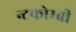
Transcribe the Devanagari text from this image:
न्टफोम्बी